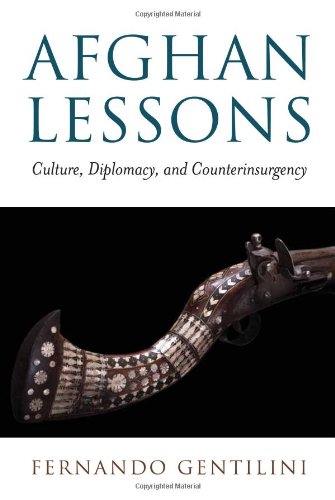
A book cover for Afghan Lessons: Culture, Diplomacy, and Counterinsurgency (Brookings-SSPA Series on Public Administration); Fernando Gentilini; Travel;